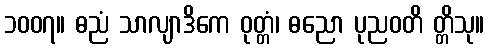
၁၀၀၇။ ဓညံ သာလျာဒိကေ ဝုတ္တံ၊ ဓညော ပုညဝတိ တ္တိသု။